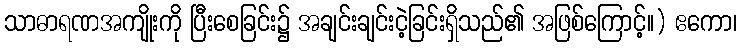
သာဓာရဏအကျိုးကို ပြီးစေခြင်း၌ အချင်းချင်းငဲ့ခြင်းရှိသည်၏ အဖြစ်ကြောင့်။) ဧကော၊